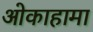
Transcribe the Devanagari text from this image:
ओकाहामा